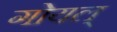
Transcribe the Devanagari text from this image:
गोयल्